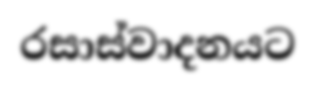
රසාස්වාදනයට